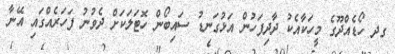
ގދ ހޯޑެއްދޫގެ މީހަކާއެކު ދާދިފަހުން އަޅުގަނޑު ސައިބޯން ހޮޓަލަކަށް ދެވުނު ފަހަރެއްގައި އޭނާ